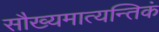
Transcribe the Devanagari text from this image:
सौख्यमात्यन्तिकं